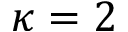
\kappa = 2